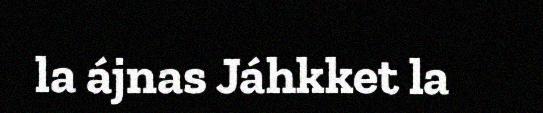
la ájnas Jáhkket la